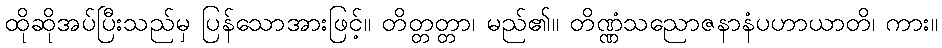
ထိုဆိုအပ်ပြီးသည်မှ ပြန်သောအားဖြင့်။ တိတ္တတ္တာ၊ မည်၏။ တိဏ္ဏံသညောဇနာနံပဟာယာတိ၊ ကား။